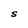
Character: S